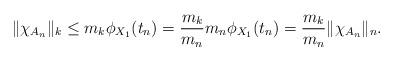
LaTeX: \begin{align*}\|\chi_{A_n}\|_k\le m_k\phi_{X_1}(t_n)=\frac{m_k}{m_n}m_n\phi_{X_1}(t_n)=\frac{m_k}{m_n}\|\chi_{A_n}\|_n.\end{align*}